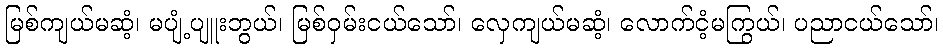
မြစ်ကျယ်မဆံ့၊ မပျံ့ပျူးဘွယ်၊ မြစ်ဝှမ်းငယ်သော်၊ လှေကျယ်မဆံ့၊ လောက်ငံ့မကြွယ်၊ ပညာငယ်သော်၊